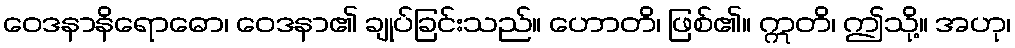
ဝေဒနာနိရောဓော၊ ဝေဒနာ၏ ချုပ်ခြင်းသည်။ ဟောတိ၊ ဖြစ်၏။ ဣတိ၊ ဤသို့။ အဟု၊